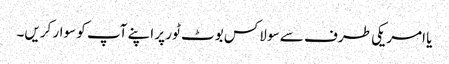
یا امریکی طرف سے سو لاکس بوٹ ٹور پر اپنے آپ کو سوار کریں۔